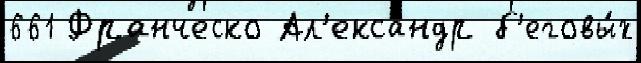
661 Франческо Ал'екса́ндр б'еговы́х